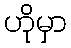
ဟိုမှာ